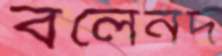
বলেনদ